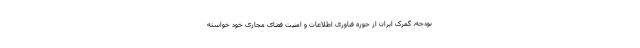
بودجه، گمرک ایران از حوزه فناوری اطلاعات و امنیت فضای مجازی خود خواسته